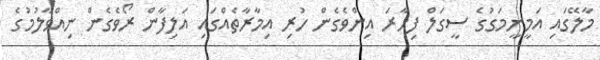
މާލޭގައި އަމީނީމަގުގެ ސީގަލް ފިހާރަ އިންވެގެން ހުރި އިމާރާތެއްގައި އަލިފާން ރޯވެގެން ނިއްވާލުމުގެ